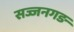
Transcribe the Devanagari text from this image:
सज्जनगङ